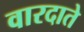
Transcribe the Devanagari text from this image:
वारदाते